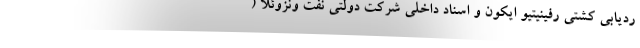
ردیابی کشتی رفینیتیو ایکون و اسناد داخلی شرکت دولتی نفت ونزوئلا (